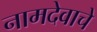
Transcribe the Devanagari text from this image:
नामदेवाचे